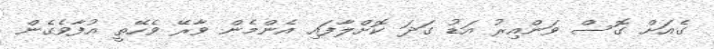
ގެއަށް ގޮސް ވަންއިރު އަޑު ގަދަ ކޮށްލާފައި އެންމެން ވާރޭ ވެހޭތީ އުފާވެގެން